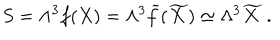
S = \Lambda ^ { 3 } f ( X ) = \Lambda ^ { 3 } { \widetilde f } ( { \widetilde X } ) \simeq \Lambda ^ { 3 } { \widetilde X } ~ .